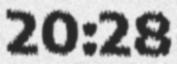
20:28